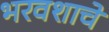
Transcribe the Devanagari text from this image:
भरवशाचे